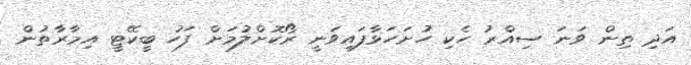
އަދި ތިން ވަނަ ސިއްރު ހެކި ހުށަހަޅާފައިވަނީ ރޯކޮށްލުމަށް ފަހު ބީކޭޓީ އިމާރާތުން